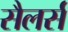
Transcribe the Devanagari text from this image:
सैलर्स